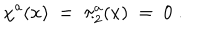
\chi ^ { a } ( x ) \; = \; \pi _ { 2 } ^ { a } ( x ) \; = \; 0 \; .